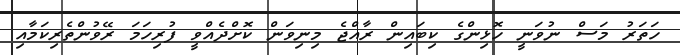
ހަތަރު މަސް ނުވަނީ ހޮޅިންގެ ކިބައިން ރާއްޖެ މިނިވަން ކޮށްދެއްވީ ފުރިހަމަ ރޭވުންތެރިކަމާއި